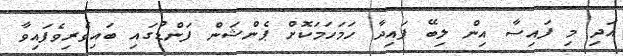
އަދި މި ފައިސާ އިން ލިބޭ ފައިދާ ހަމަހަމަކޮށް ޕެންޝަން ފަންޑުގައި ބައިވެރިވެފައިވާ